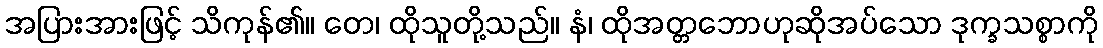
အပြားအားဖြင့် သိကုန်၏။ တေ၊ ထိုသူတို့သည်။ နံ၊ ထိုအတ္တဘောဟုဆိုအပ်သော ဒုက္ခသစ္စာကို